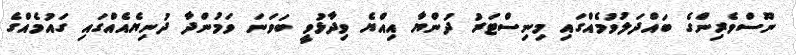
ނޫސްވެރިންގެ ބައްދަލުވުމެއްގައި މިނިސްޓަރު ދުންޔާ އިއްޔެ ވިދާޅުވީ ބަވަނަ ވަމުންދާ ދުނިޔެއެއްގައި ގައުމެއްގެ